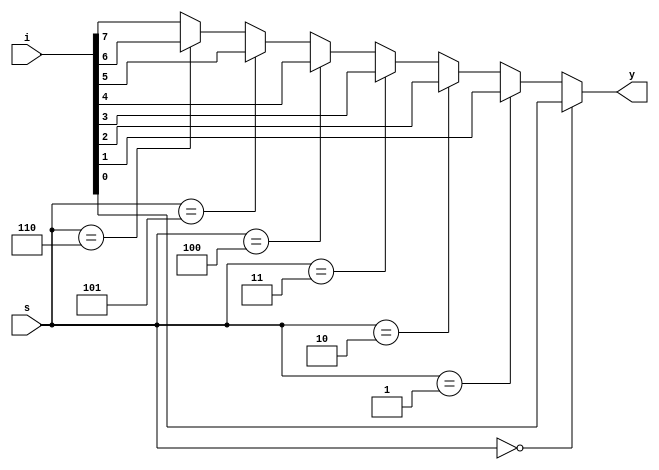
module mux8x1(i,s,y);
  
  input [7:0] i;
  input [2:0] s;
  output reg y;
  
  always@(i,s)
    begin
      if(s==3'b000)
         y = i[0];
      else if (s==3'b001)
         y = i[1];
      else if (s==3'b010)
         y = i[2];
      else if (s==3'b011)
         y = i[3];
      else if (s==3'b100)
        y = i[4];
      else if (s==3'b101)
        y = i[5];
      else if (s==3'b110)
        y = i[6];
      else
        y = i[7]; 
    end  
  
endmodule